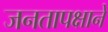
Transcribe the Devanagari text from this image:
जनतापक्षाने